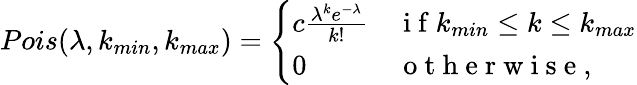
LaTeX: Pois(\lambda,k_{min},k_{max})=\left\{ \begin{array}{ll}{c\frac{\lambda^{k}e^{-\lambda}}{k!}}&{\mathrm{~i~f~}k_{min}\leq k\leq k_{max}}\\ {0}&{\mathrm{~o~t~h~e~r~w~i~s~e~,~}}\end{array}\right.